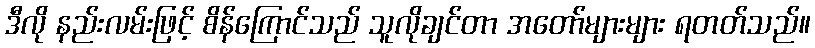
ဒီလို နည်းလမ်းဖြင့် စိန်ကြောင်သည် သူလိုချင်တာ အတော်များများ ရတတ်သည်။